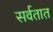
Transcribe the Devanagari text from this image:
सर्वतात